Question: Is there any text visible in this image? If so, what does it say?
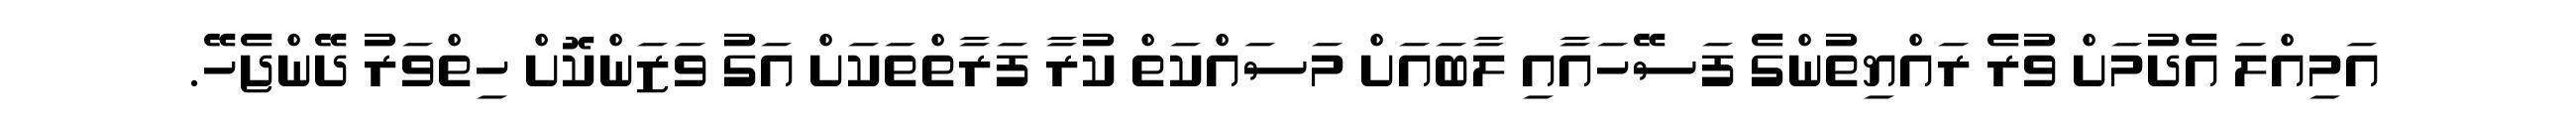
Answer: އަމިއްލަ އެދުމަށް ވުރެ ރައްޔިތުންގެ ފަސޭހައާއި ލާބައަށް މަސައްކަތް ކުރާ ފަރާތްތަކަށް އަގު ވަޒަންކޮށް ހިތްވަރު ދޭންޖެހޭ.